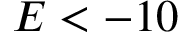
E < - 1 0